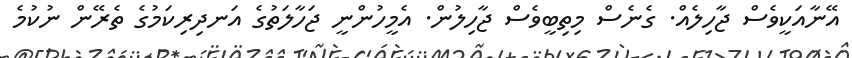
އޭނާއަކީވެސް ޖާހިލެއް. ގެނެސް މިތިބީވެސް ޖާހިލުން. އެމީހުންނީ ޖަހާލަތުގެ އަނދިރިކަމުގެ ތެރޭން ނުކުމެ